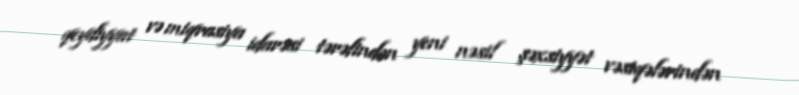
qeydiyyat və miqrasiya idarəsi tərəfindən yeni nəsil şəxsiyyət vəsiqələrindən